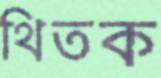
থিতক